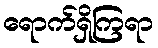
ရောက်ရှိကြရာ